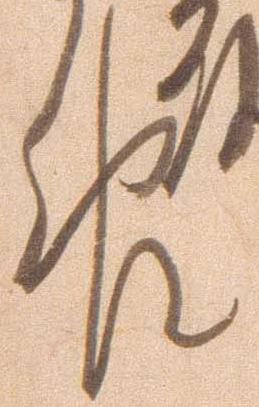
報